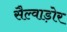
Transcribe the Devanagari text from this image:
सैल्वाड़ोर